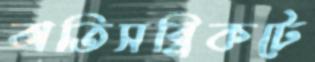
অতিসন্নিকটে